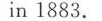
in 1883.